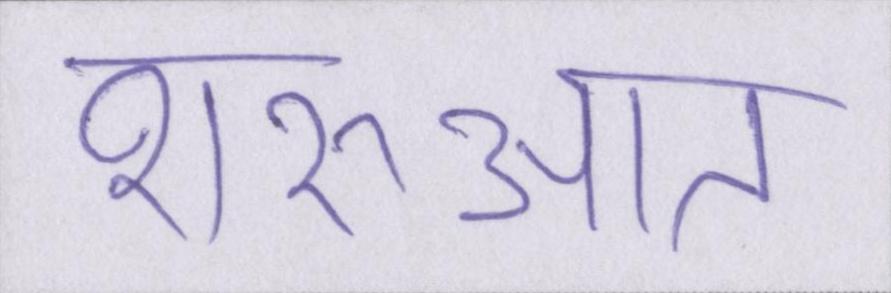
शरुआत